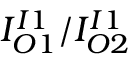
I _ { O 1 } ^ { I 1 } / I _ { O 2 } ^ { I 1 }